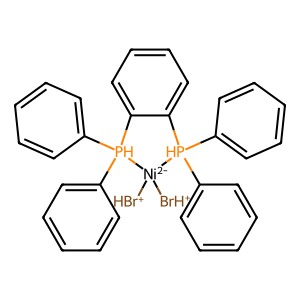
SMILES: [BrH+][Ni-2]1([BrH+])[PH](c2ccccc2)(c2ccccc2)c2ccccc2[PH]1(c1ccccc1)c1ccccc1
Inhibits HIV replication: No